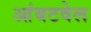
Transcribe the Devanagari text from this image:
आंबटवेल